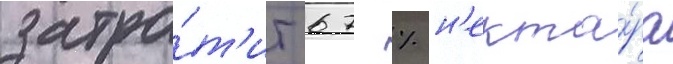
затра́т'ит 67 % н'екта́ра